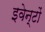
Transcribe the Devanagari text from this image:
इवेन्टों